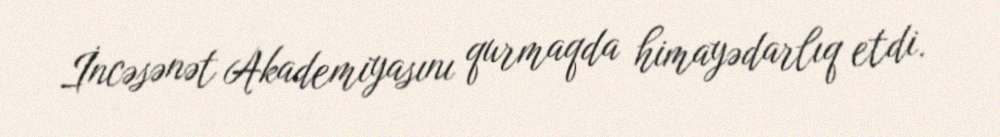
İncəsənət Akademiyasını qurmaqda himayədarlıq etdi.